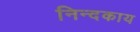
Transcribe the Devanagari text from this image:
निन्दकाय